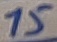
Text: 15